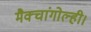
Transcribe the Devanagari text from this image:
मैक्चांगोल्ही।